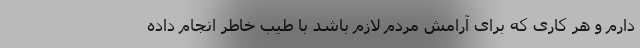
دارم و هر کاری که برای آرامش مردم لازم باشد با طیب خاطر انجام داده